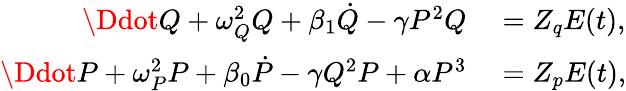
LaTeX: \begin{array}{rl}{\Ddot{Q}+\omega_{Q}^{2}Q+\beta_{1}\dot{Q}-\gamma P^{2}Q}&{{}=Z_{q}E(t),}\\ {\Ddot{P}+\omega_{P}^{2}P+\beta_{0}\dot{P}-\gamma Q^{2}P+\alpha P^{3}}&{{}=Z_{p}E(t),}\end{array}